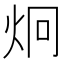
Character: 炯